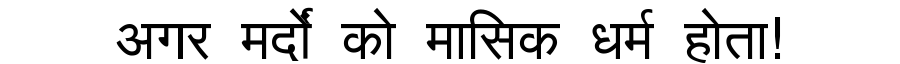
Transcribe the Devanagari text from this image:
अगर मर्दों को मासिक धर्म होता!